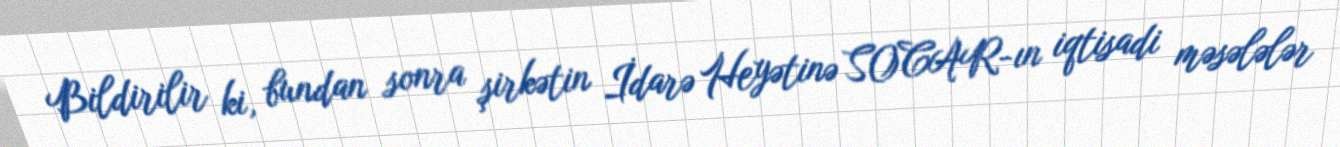
Bildirilir ki, bundan sonra şirkətin İdarə Heyətinə SOCAR-ın iqtisadi məsələlər